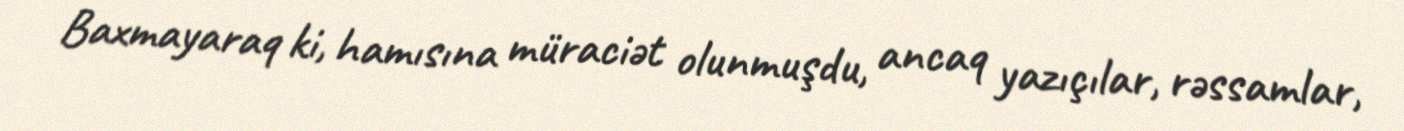
Baxmayaraq ki, hamısına müraciət olunmuşdu, ancaq yazıçılar, rəssamlar,